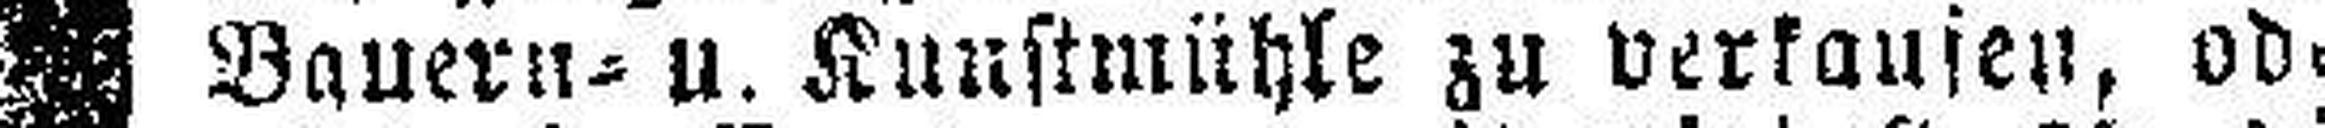
Bauern= u. Kunstmühle zu verkaufen, oder